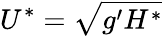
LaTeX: U^{*}=\sqrt{g^{\prime}H^{*}}